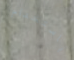
باستخدام